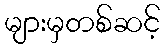
များမှတစ်ဆင့်